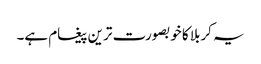
یہ کربلا کا خوبصورت ترین پیغام ہے۔